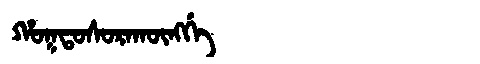
Manchu: ᡥᠣᡴᡨᠣᠰᠣᡵᠠᡴᡡᠩᡤᡝ
Romanization: HOKTOSORAKŪNGGE